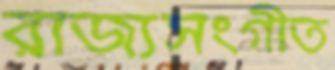
রাজ্যসংগীত